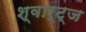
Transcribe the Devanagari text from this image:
श्वार्ट्‌ज